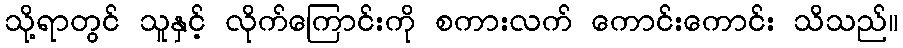
သို့ရာတွင် သူနှင့် လိုက်ကြောင်းကို စကားလက် ကောင်းကောင်း သိသည်။